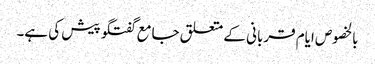
بالخصوص ایام قربانی کے متعلق جامع گفتگو پیش کی ہے۔